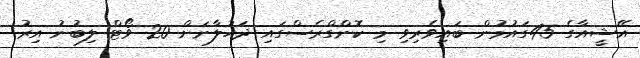
އޭޝީއާގެ 45ގައުމުން ބައިވެރިވި މި ކޮންގްރެސްގައި ދަހުލާނަށް 20 ވޯޓް ލިބުނު އިރު